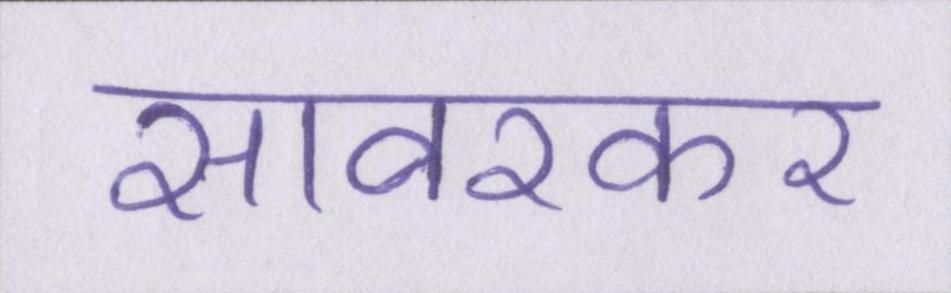
सावरकर